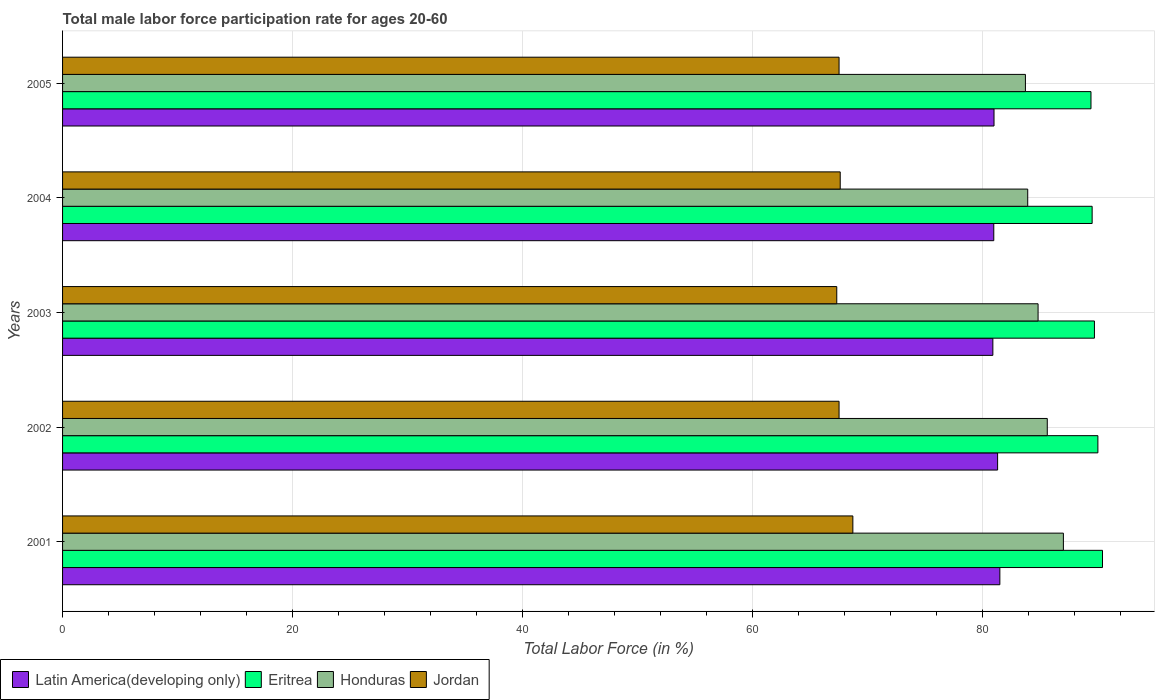
| Years | Latin America(developing only) | Eritrea | Honduras | Jordan |
 | --- | --- | --- | --- | --- |
 | 2001 | 81.5 | 90.4 | 87 | 68.7 |
 | 2002 | 81.3 | 90 | 85.6 | 67.5 |
 | 2003 | 80.9 | 89.7 | 84.8 | 67.3 |
 | 2004 | 80.9 | 89.5 | 83.9 | 67.6 |
 | 2005 | 81 | 89.4 | 83.7 | 67.5 |